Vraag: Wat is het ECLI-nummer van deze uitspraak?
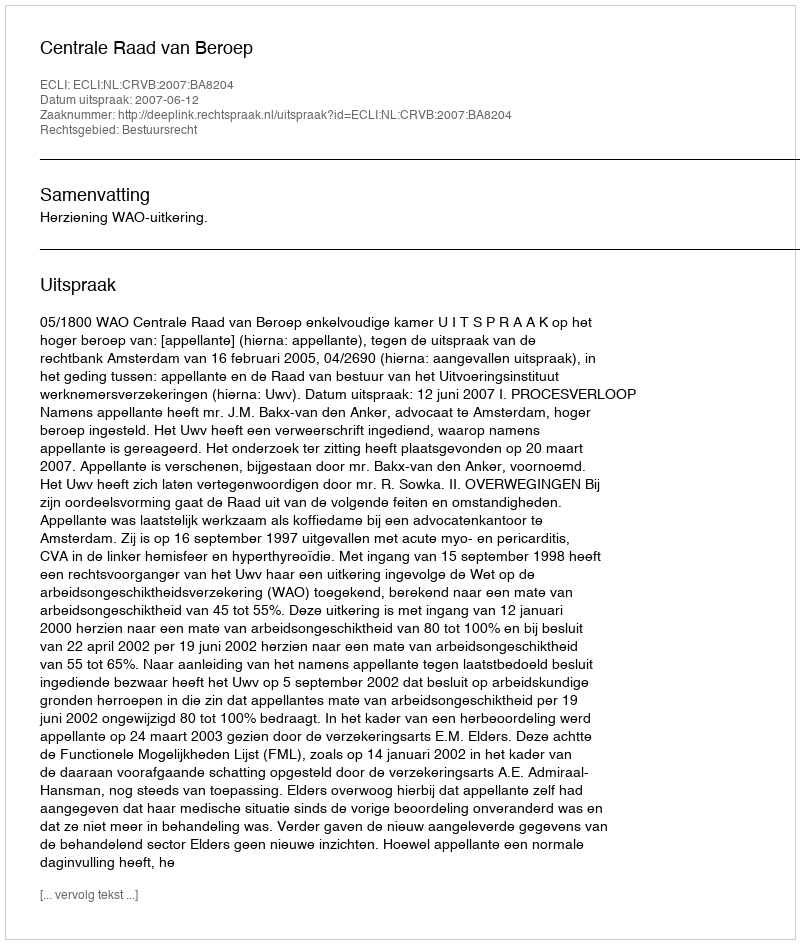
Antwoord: ECLI:NL:CRVB:2007:BA8204